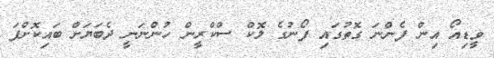
ވީޑިއޯ އިން ފެންނަ ގޮތުގައި ފޯނުގެ ލޮކް ސްކްރީން ހުންނަނީ ދެބަޔަށް ބައިކޮށްފަ